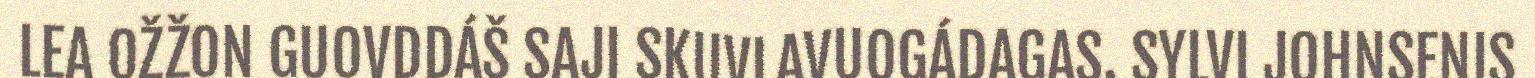
LEA OŽŽON GUOVDDÁŠ SAJI SKUVLAVUOGÁDAGAS. SYLVI JOHNSENIS